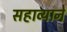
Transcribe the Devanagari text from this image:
सहाव्याने